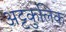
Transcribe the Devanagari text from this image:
अट्टकुलिक